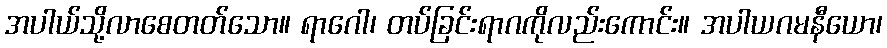
အပါယ်သို့လာစေတတ်သော။ ရာဂေါ၊ တပ်ခြင်းရာဂကိုလည်းကောင်း။ အပါယဂမနီယော၊